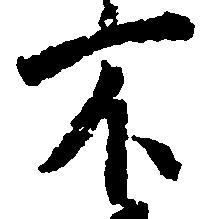
不